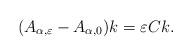
LaTeX: \begin{align*} (A_{\alpha, \varepsilon } - A_{\alpha, 0 })k = \varepsilon C k.\end{align*}